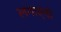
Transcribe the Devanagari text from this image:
लगाएंगी